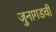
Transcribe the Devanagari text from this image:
जुनागडची